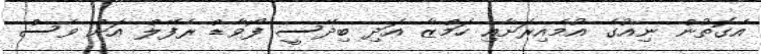
އެގޮތުން ނިއުގެ އުމެއިރަށާއި ހަމްޒާ އަދި ބިދޭސީ ފޯވާާޑް ރެފޭލް އަށް ވެސް